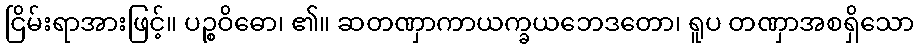
ငြိမ်းရာအားဖြင့်။ ပဉ္စဝိဓော၊ ၏။ ဆတဏှာကာယက္ခယဘေဒတော၊ ရူပ တဏှာအစရှိသော